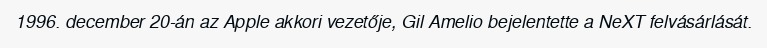
1996. december 20-án az Apple akkori vezetője, Gil Amelio bejelentette a NeXT felvásárlását.